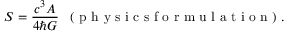
S = \frac { c ^ { 3 } A } { 4 \hbar G } \enspace \mathrm { ~ ( ~ p ~ h ~ y ~ s ~ i ~ c ~ s ~ f ~ o ~ r ~ m ~ u ~ l ~ a ~ t ~ i ~ o ~ n ~ ) ~ } .